Tartu_linnavalitsus, lk 74
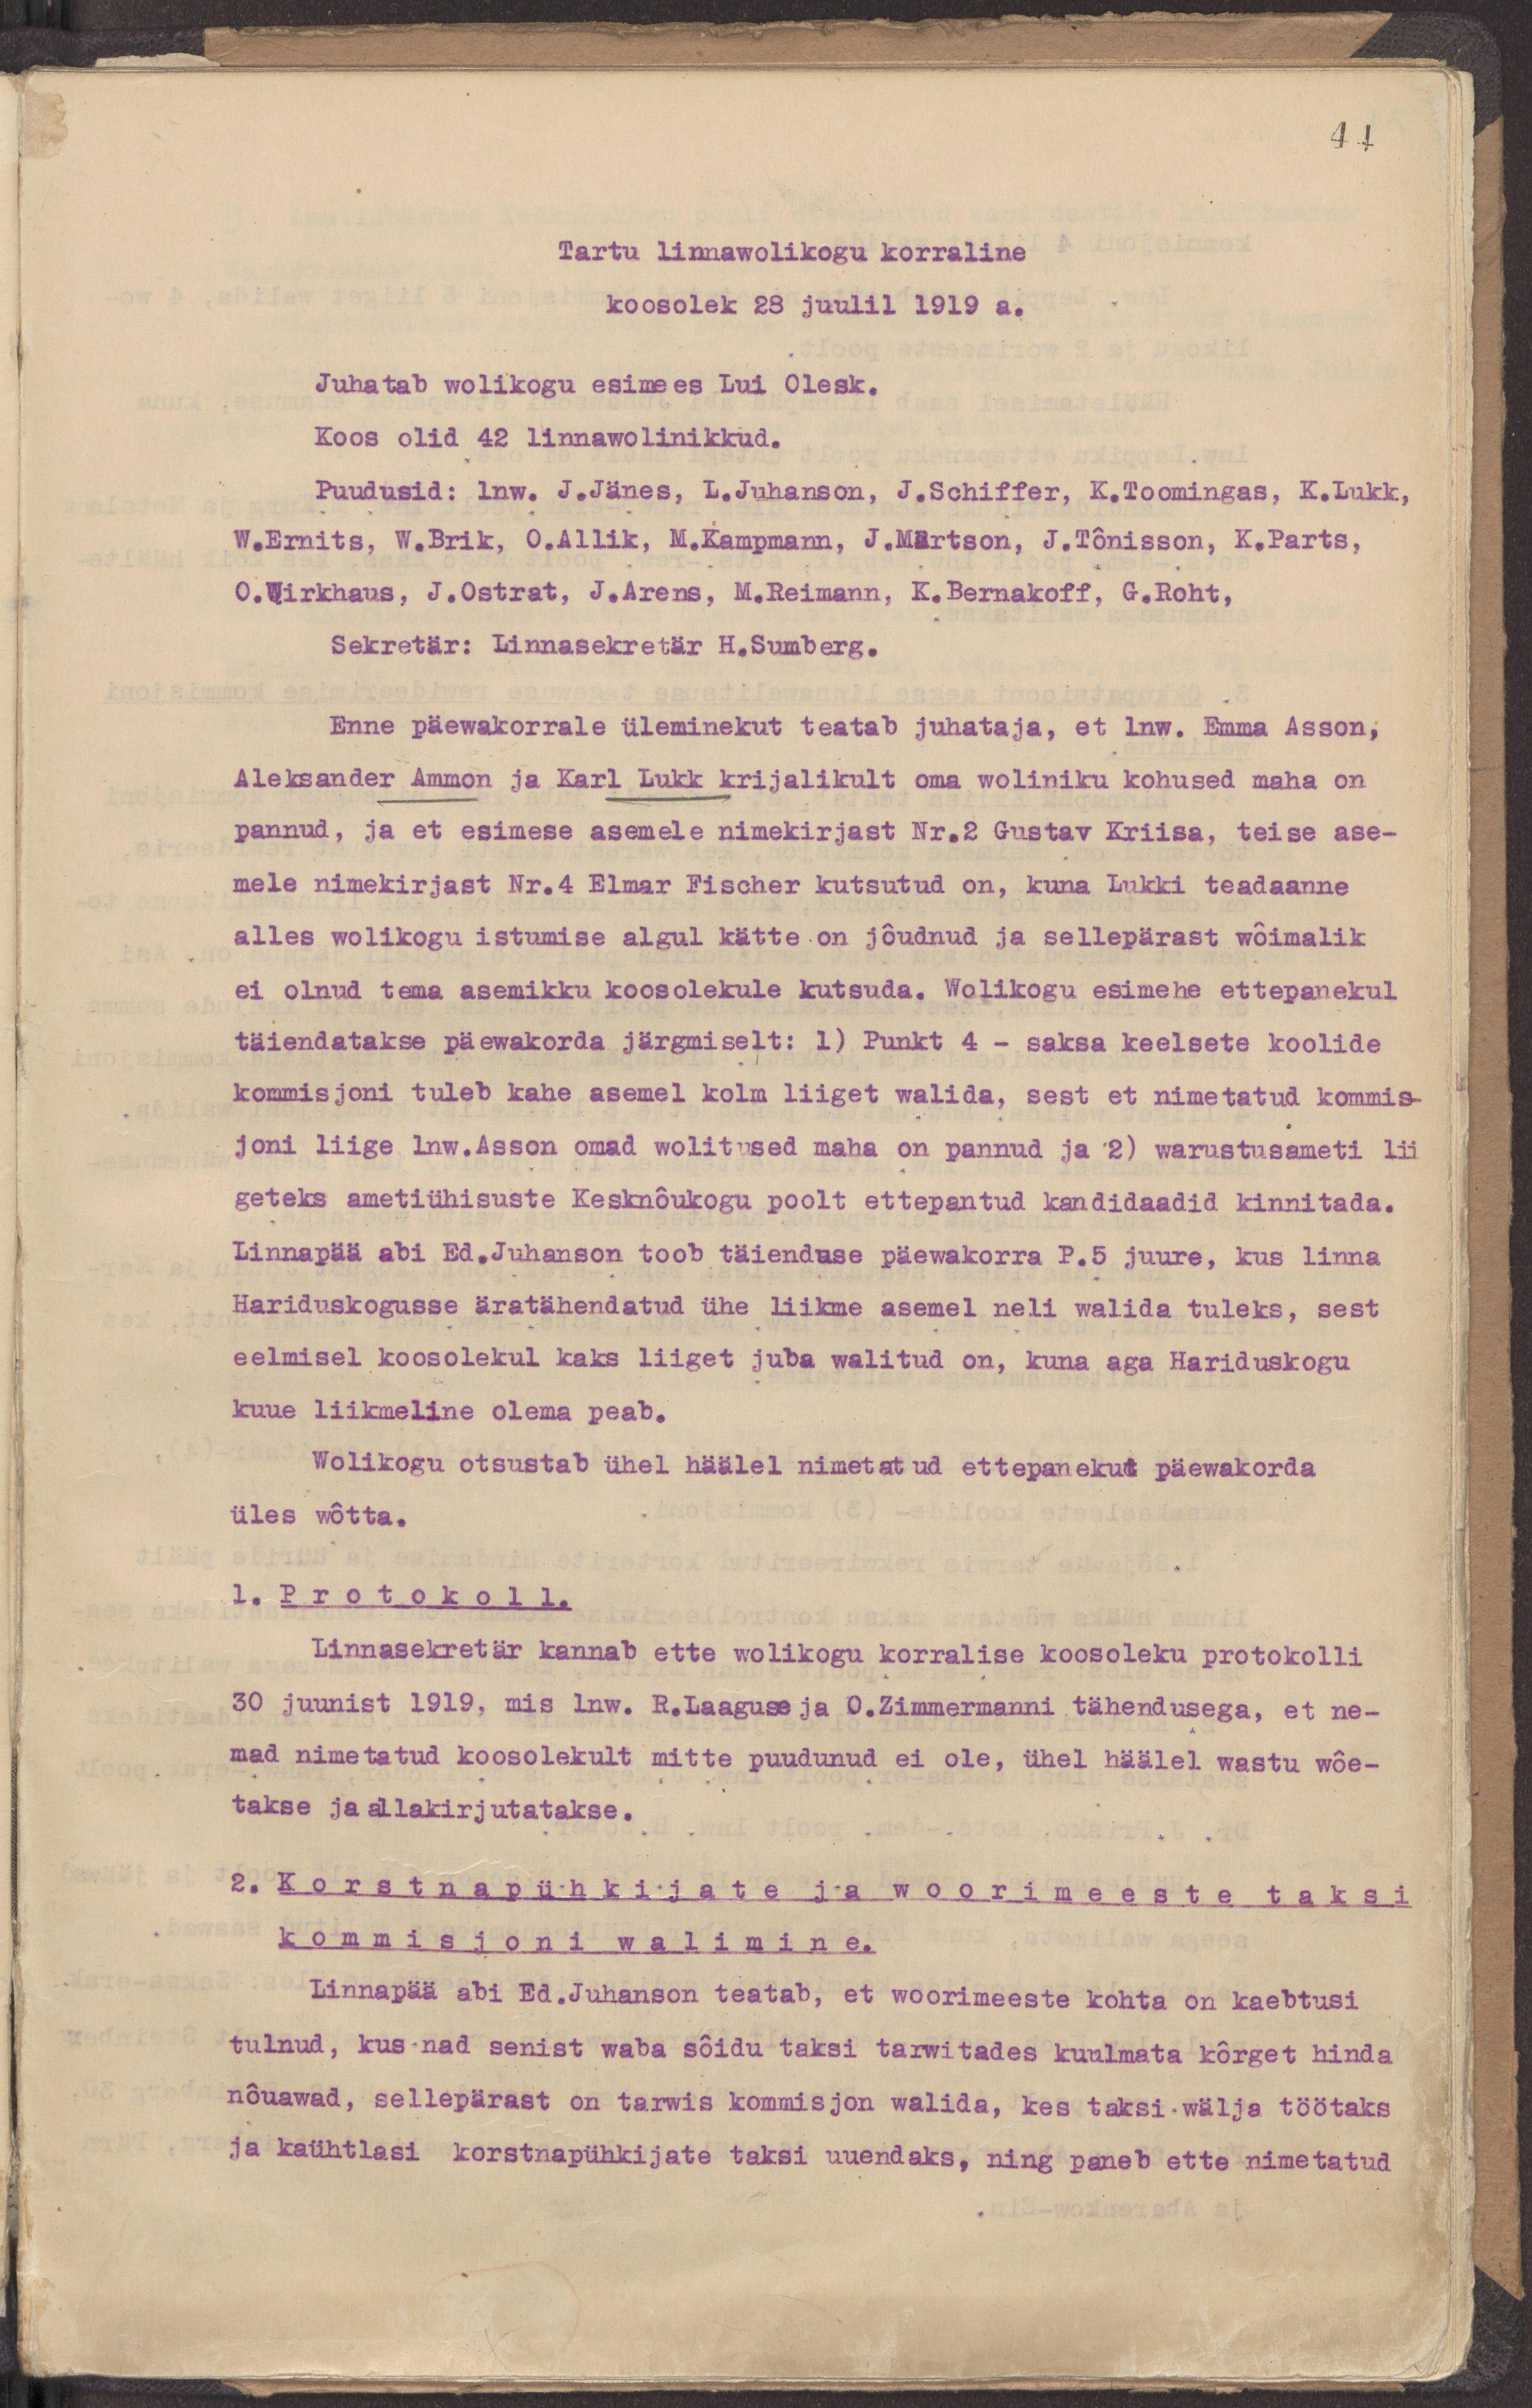
44
Tartu linnawolikogu korraline
koosolek 28 juulil 1919 a.
Juhatab wolikogu esimees Lui Olesk.
Koos olid 42 linnawolinikkud.
Puudusid: lnw. J.Jänes, L.Juhanson, J.Schiffer, K.Toomingas, K.Lukk,
W.Ernits, W.Brik, O.Allik, M.Kampmann, J.Märtson, J.Tõnisson, K.Parts,
O.Wirkhaus, J.Ostrat, J.Arens, M.Reimann, K.Bernakoff, G.Roht,
Sekretär: Linnasekretär H.Sumberg.
Enne päewakorrale üleminekut teatab juhataja, et lnw. Emma Asson,
Aleksander Ammon ja Karl Lukk kirjalikult oma woliniku kohused maha on
pannud, ja et esimese asemele nimekirjast Nr.2 Gustav Kriisa, teise ase-
mele nimekirjast Nr.4 Elmar Fischer kutsutud on, kuna Lukki teadaanne
alles wolikogu istumise algul kätte on jõudnud ja sellepärast wõimalik
ei olnud tema asemikku koosolekule kutsuda. Wolikogu esimehe ettepanekul
täiendatakse päewakorda järgmiselt: 1) Punkt 4 - saksa keelsete koolide
kommisjoni tuleb kahe asemel kolm liiget walida, sest et nimetatud kommis-
joni liige lnw.Asson omad wolitused maha on pannud ja 2) warustusameti lii
geteks ametiühisuste Kesknõukogu poolt ette pandud kandidaadid kinnitada.
Linnapää abi Ed.Juhanson toob täienduse päewakorra P.5 juure, kus linna
Hariduskogusse äratähendatud ühe liikme asemel neli walida tuleks, sest
eelmisel koosolekul kaks liiget juba walitud on, kuna aga Hariduskogu
kuue liikmeline olema peab.
Wolikogu otsustab ühel häälel nimetatud ettepanekut päewakorda
üles wõtta.
1. Protokoll.
Linnasekretär kannab ette wolikogu korralise koosoleku protokolli
30 juunist 1919, mis lnw. R.Laaguse ja O.Zimmermanni tähendusega, et ne-
mad nimetatud koosolekult mitte puudunud ei ole, ühel häälel wastu wõe-
takse ja allakirjutatakse.
2. Korstnapühkijate ja woorimeeste taksi
kommisjoni walimine.
Linnapää abi Ed.Juhanson teatab,et woorimeeste kohta on kaebtusi
tulnud, kus nad senist waba sõidu taksi tarwitades kuulmata kõrget hinda
nõuawad, sellepärast on tarwis kommisjon walida, kes taksi wälja töötaks
ja kaühtlasi korstnapühkijate taksi uuendaks, ning paneb ette nimetatud